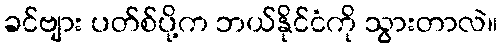
ခင်ဗျား ပတ်စ်ပို့က ဘယ်နိုင်ငံကို သွားတာလဲ။